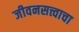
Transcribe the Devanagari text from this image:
जीवनसत्त्वाचा